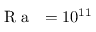
\mathrm { ~ \textit ~ { ~ R ~ a ~ } ~ } = 1 0 ^ { 1 1 }